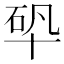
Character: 𠦦